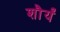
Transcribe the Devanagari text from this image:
शौर्यं